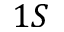
1 S